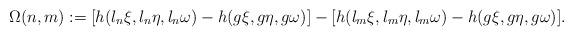
LaTeX: \begin{align*} \Omega(n,m):=[h(l_n \xi,l_n \eta, l_n \omega)-h(g\xi,g\eta,g\omega)]-[h(l_m \xi,l_m \eta, l_m \omega)-h(g\xi,g\eta,g\omega)].\end{align*}